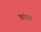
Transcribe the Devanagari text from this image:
कांडर